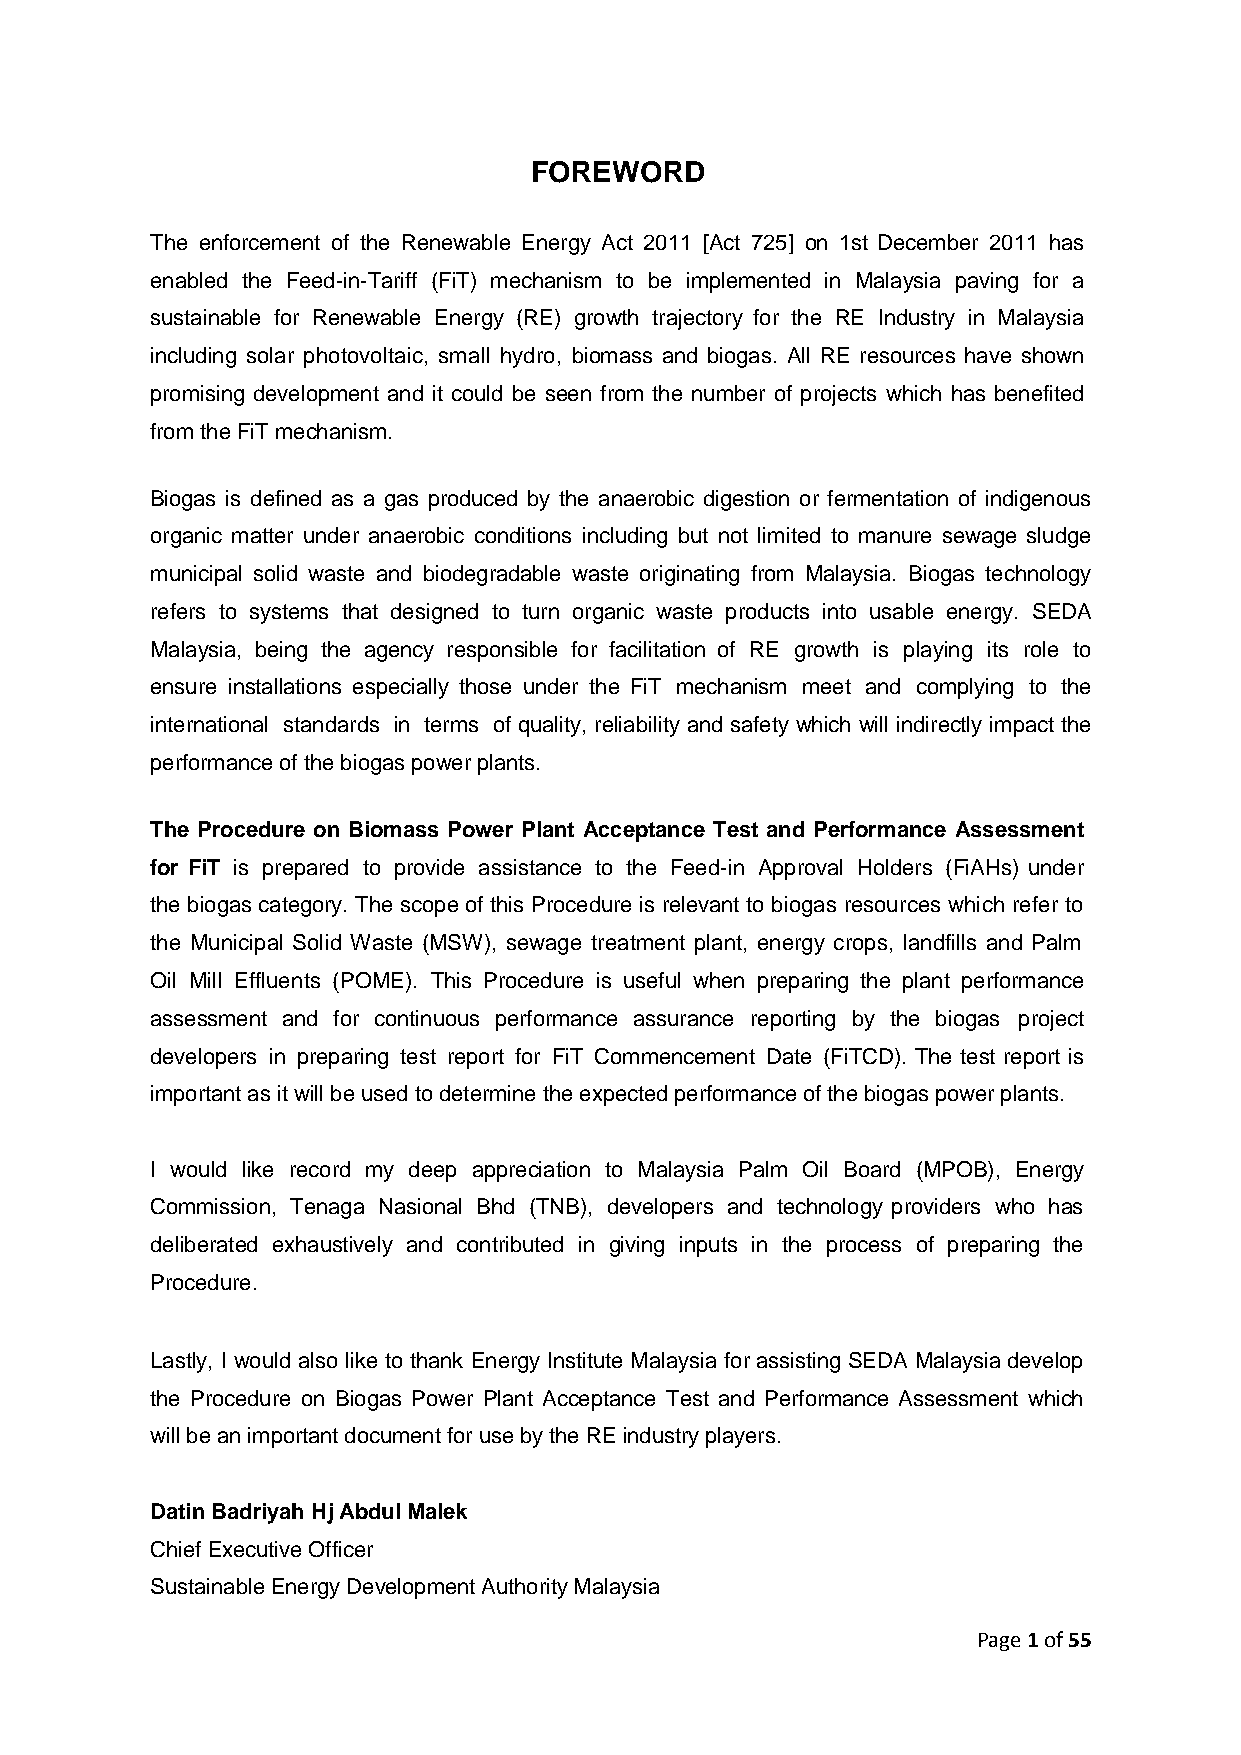
FOREWORD
 The enforcement of the Renewable Energy Act 2011 [Act 725] on 1st December 2011 has
 enabled the Feed-in-Tariff (FiT) mechanism to be implemented in Malaysia paving for a
 sustainable for Renewable Energy (RE) growth trajectory for the RE Industry in Malaysia
 including solar photovoltaic, small hydro, biomass and biogas. All RE resources have shown
 promising development and it could be seen from the number of projects which has benefited
 from the FiT mechanism.
 Biogas is defined as a gas produced by the anaerobic digestion or fermentation of indigenous
 organic matter under anaerobic conditions including but not limited to manure sewage sludge
 municipal solid waste and biodegradable waste originating from Malaysia. Biogas technology
 refers to systems that designed to turn organic waste products into usable energy. SEDA
 Malaysia, being the agency responsible for facilitation of RE growth is playing its role to
 ensure installations especially those under the FiT mechanism meet and complying to the
 international standards in terms of quality, reliability and safety which will indirectly impact the
 performance of the biogas power plants.
 The Procedure on Biomass Power Plant Acceptance Test and Performance Assessment
 for FiT is prepared to provide assistance to the Feed-in Approval Holders (FiAHs) under
 the biogas category. The scope of this Procedure is relevant to biogas resources which refer to
 the Municipal Solid Waste (MSW), sewage treatment plant, energy crops, landfills and Palm
 Oil Mill Effluents (POME). This Procedure is useful when preparing the plant performance
 assessment and for continuous performance assurance reporting by the biogas project
 developers in preparing test report for FiT Commencement Date (FiTCD). The test report is
 important as it will be used to determine the expected performance of the biogas power plants.
 I would like record my deep appreciation to Malaysia Palm Oil Board (MPOB), Energy
 Commission, Tenaga Nasional Bhd (TNB), developers and technology providers who has
 deliberated exhaustively and contributed in giving inputs in the process of preparing the
 Procedure.
 Lastly, I would also like to thank Energy Institute Malaysia for assisting SEDA Malaysia develop
 the Procedure on Biogas Power Plant Acceptance Test and Performance Assessment which
 will be an important document for use by the RE industry players.
 Datin Badriyah Hj Abdul Malek
 Chief Executive Officer
 Sustainable Energy Development Authority Malaysia
 Page 1 of 55